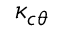
\kappa _ { c \theta }